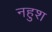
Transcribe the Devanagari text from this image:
नहुश